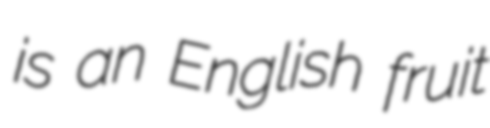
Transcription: is an English fruit